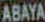
ABAYA